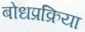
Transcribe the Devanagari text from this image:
बोधप्रक्रिया